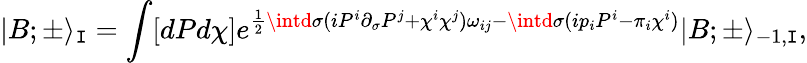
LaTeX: |B;\pm\rangle_{\mathtt{I}}=\int[dPd\chi]e^{\frac{{1}}{{2}}\intd\sigma(iP^{i}\partial_{\sigma}P^{j}+\chi^{i}\chi^{j})\omega_{ij}-\intd\sigma(ip_{i}P^{i}-\pi_{i}\chi^{i})}|B;\pm\rangle_{-1,\mathtt{I}},